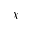
\chi